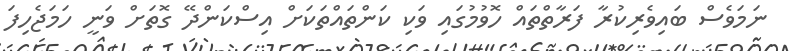
ނަމަވެސް ބައިވެރިކުރާ ފަރާތްތައް ހޮވުމުގައި ވަކި ކަންތައްތަކަށް އިސްކަންދޭ ގޮތަށް ވަނީ ހަމަޖެހިފަ